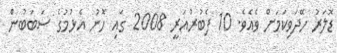
ޑޮލަރު ހޭދަވިކަމަށް ވެއެވެ. 10 ފެބުރުއަރީ 2008 ގައި ހޮނު އެޅުމުގެ ސަބަބުން